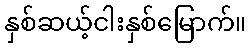
နှစ်ဆယ့်ငါးနှစ်မြောက်။